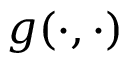
g ( \cdot , \cdot )